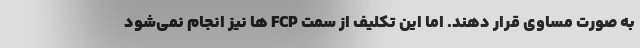
به صورت مساوی قرار دهند. اما این تکلیف از سمت FCP ها نیز انجام نمی‌شود